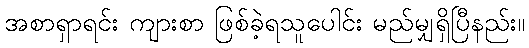
အစာရှာရင်း ကျားစာ ဖြစ်ခဲ့ရသူပေါင်း မည်မျှရှိပြီနည်း။